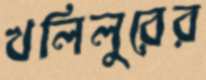
খলিলুরের